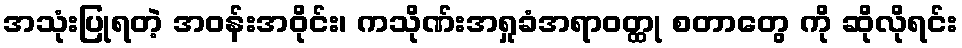
အသုံးပြုရတဲ့ အဝန်းအဝိုင်း၊ ကသိုဏ်းအရှုခံအရာဝတ္ထု စတာတွေ ကို ဆိုလိုရင်း